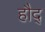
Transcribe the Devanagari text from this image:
हौद्